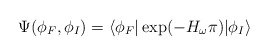
\begin{align*}\Psi(\phi_F,\phi_I) = \langle \phi_F|\exp({-H_{\omega}\pi})|\phi_I \rangle\end{align*}